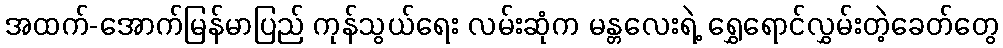
အထက်-အောက်မြန်မာပြည် ကုန်သွယ်ရေး လမ်းဆုံက မန္တလေးရဲ့ ရွှေရောင်လွှမ်းတဲ့ခေတ်တွေ